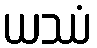
ယဿံ